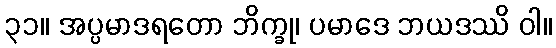
၃၁။ အပ္ပမာဒရတော ဘိက္ခု၊ ပမာဒေ ဘယဒဿိ ဝါ။